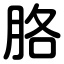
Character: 胳